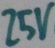
Text: 25V